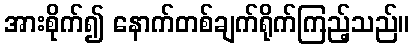
အားစိုက်၍ နောက်တစ်ချက်ရိုက်ကြည့်သည်။